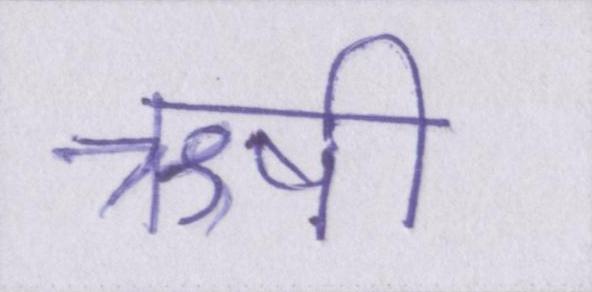
ऋषी